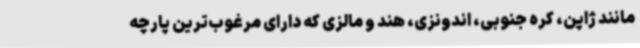
مانند ژاپن، کره‌ جنوبی، اندونزی، هند و مالزی که دارای مرغوب‌ترین پارچه